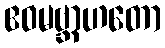
ဧဝမဗ္ဘာဟတော